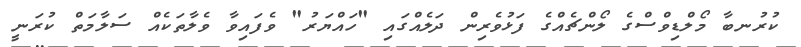
ކުރުނބާ މޯލްޑިވްސްގެ ލޯންޗެއްގެ ފަޅުވެރިން ދަލެއްގައި "ހައްޔަރު" ވެފައިވާ ވެލާތަކެއް ސަލާމަތް ކުރަނީ